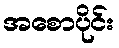
အစောပိုင်း